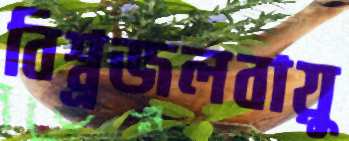
বিশ্ব্রজলবায়ু